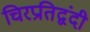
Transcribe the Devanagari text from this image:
चिरप्रतिद्वंदी